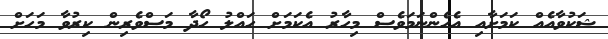
ޝަކުވާއެއް ކަމަށާއި އެހެންނަމަވެސް މިހާރު އެކަމަށް ހައްލު ހޯދާ މަސްވެރިން ކިރުވާ މަހަށް